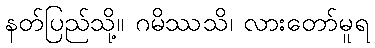
နတ်ပြည်သို့။ ဂမိဿသိ၊ လားတော်မူရ